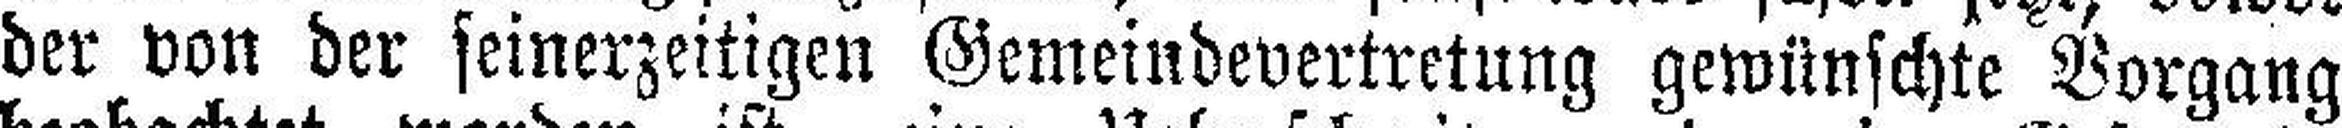
der von der seinerzeitigen Gemeindevertretung gewünschte Vorgang